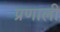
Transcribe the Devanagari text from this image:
प्रणालीं